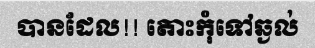
បានដែល!! តោះកុំទៅឆ្ងល់